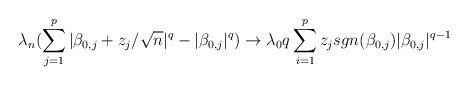
LaTeX: \begin{align*}\lambda_n (\sum\limits_{j=1}^{p} \vert \beta_{0,j} + z_{j}/ \sqrt{n} \vert ^q - \vert \beta_{0,j} \vert ^q) \rightarrow\lambda_{0} q \sum\limits_{i=1}^{p} z_{j} sgn(\beta_{0,j}) \vert \beta_{0,j} \vert^{q-1}\end{align*}